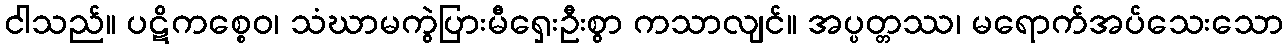
ငါသည်။ ပဋိကစ္စေဝ၊ သံဃာမကွဲပြားမီရှေးဦးစွာ ကသာလျင်။ အပ္ပတ္တဿ၊ မရောက်အပ်သေးသော